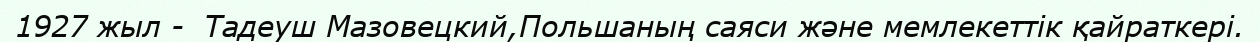
1927 жыл -  Тадеуш Мазовецкий,Польшаның саяси және мемлекеттік қайраткері.